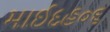
માઈદહ૦૬